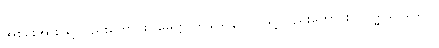
အစွမ်းအားဖြင့်လည်းကောင်း။ မေတ္တာဒိဝသေန ဝါ၊ ဖြင့်လည်းကောင်း။ လဒ္ဓါယ၊ သော။